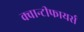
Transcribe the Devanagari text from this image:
क्वान्टीफायर्स